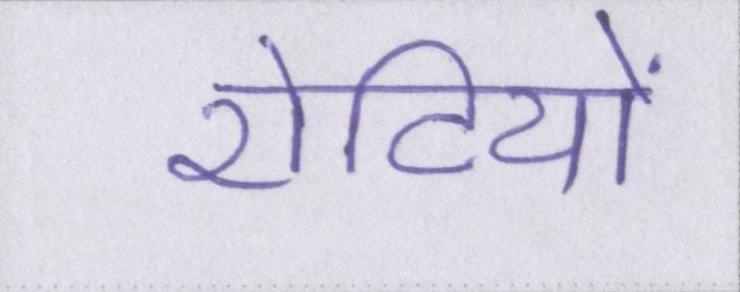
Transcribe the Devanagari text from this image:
रोटियों